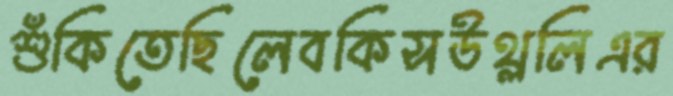
শুঁকিতেছিলেবকিসউথ্‌ললিএর